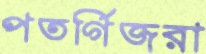
পতর্গিজরা